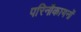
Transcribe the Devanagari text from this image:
परिनौकायनों